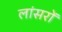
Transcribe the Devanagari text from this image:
लांसरों